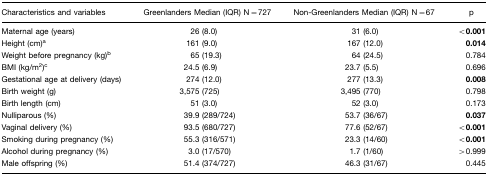
<table><thead><tr><td><b>Characteristics and variables</b></td><td><b>Greenlanders Median (IQR) N=727</b></td><td><b>Non-Greenlanders Median (IQR) N=67</b></td><td><b>p</b></td></tr></thead><tbody><tr><td>Maternal age (years)</td><td>26 (8.0)</td><td>31 (6.0)</td><td><b>&lt;0.001</b></td></tr><tr><td>Height (cm)a</td><td>161 (9.0)</td><td>167 (12.0)</td><td><b>0.014</b></td></tr><tr><td>Weight before pregnancy (kg)b</td><td>65 (19.3)</td><td>64 (24.5)</td><td>0.784</td></tr><tr><td>BMI (kg/m<sup>2</sup>)c</td><td>24.5 (6.9)</td><td>23.7 (5.5)</td><td>0.696</td></tr><tr><td>Gestational age at delivery (days)</td><td>274 (12.0)</td><td>277 (13.3)</td><td><b>0.008</b></td></tr><tr><td>Birth weight (g)</td><td>3,575 (725)</td><td>3,495 (770)</td><td>0.798</td></tr><tr><td>Birth length (cm)</td><td>51 (3.0)</td><td>52 (3.0)</td><td>0.173</td></tr><tr><td>Nulliparous (%)</td><td>39.9 (289/724)</td><td>53.7 (36/67)</td><td><b>0.037</b></td></tr><tr><td>Vaginal delivery (%)</td><td>93.5 (680/727)</td><td>77.6 (52/67)</td><td><b>&lt;0.001</b></td></tr><tr><td>Smoking during pregnancy (%)</td><td>55.3 (316/571)</td><td>23.3 (14/60)</td><td><b>&lt;0.001</b></td></tr><tr><td>Alcohol during pregnancy (%)</td><td>3.0 (17/570)</td><td>1.7 (1/60)</td><td>&gt;0.999</td></tr><tr><td>Male offspring (%)</td><td>51.4 (374/727)</td><td>46.3 (31/67)</td><td>0.445</td></tr></tbody></table>